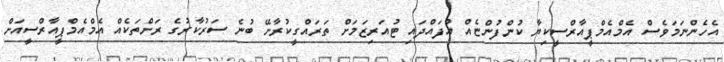
އެހެންނަމަވެސް އެމްއެމްޕީއާރްސީކިޔާ ކުންފުންޏެއް އުފައްދައި ޓުއަރިޒަމަށް ތަރައްގީކުރާށޭ ބުނެ ސަރުކާރުގެ ރަށްތަކެއް އެމްއެމްޕީއާރްސީއަށް